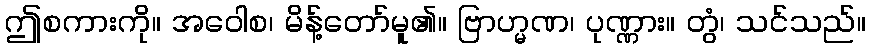
ဤစကားကို။ အဝေါစ၊ မိန့်တော်မူ၏။ ဗြာဟ္မဏ၊ ပုဏ္ဏား။ တွံ၊ သင်သည်။